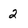
Character: 2